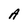
Character: A